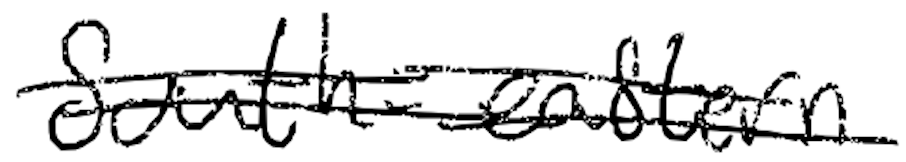
Text: south-eastern
Cross-out: double-line
Writing tool: digital_black